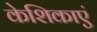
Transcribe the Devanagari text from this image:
केशिकाएं